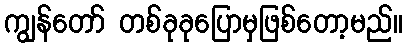
ကျွန်တော် တစ်ခုခုပြောမှဖြစ်တော့မည်။